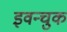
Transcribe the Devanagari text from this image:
इवन्चुक